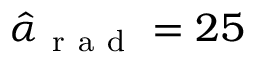
\hat { \alpha } _ { \mathrm { ~ r ~ a ~ d ~ } } = 2 5